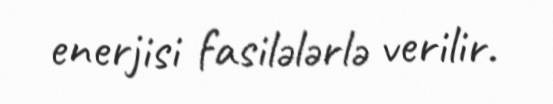
enerjisi fasilələrlə verilir.